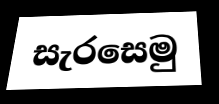
සැරසෙමු